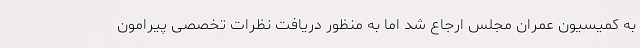
به کمیسیون عمران مجلس ارجاع شد اما به منظور دریافت نظرات تخصصی پیرامون